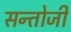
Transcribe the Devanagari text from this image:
सन्तोजी